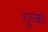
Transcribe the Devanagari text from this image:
शुल्को